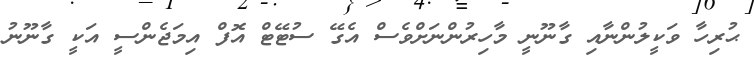
ޙުރިހާ ވަކީލުންނާއި ގާނޫނީ މާހިރުންނަށްވެސް އެގޭ ސުޓޭޓް އޮފް އިމަޖެންސީ އަކީ ގާނޫނު